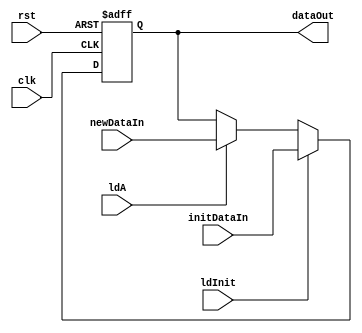
module reg32Activation(clk, rst, ldInit, ldA, initDataIn, newDataIn, dataOut);
        input clk, rst, ldInit, ldA;
        input [31:0] initDataIn, newDataIn;
        output [31:0] dataOut;
        reg [31:0] savedData;
        
        always @(posedge clk, posedge rst) begin 
                if (rst) 
                        savedData = 32'b0;

                else if (ldInit)
                        savedData = initDataIn;
                
                else if (ldA)
                        savedData = newDataIn;
        end

        assign dataOut = savedData;
endmodule